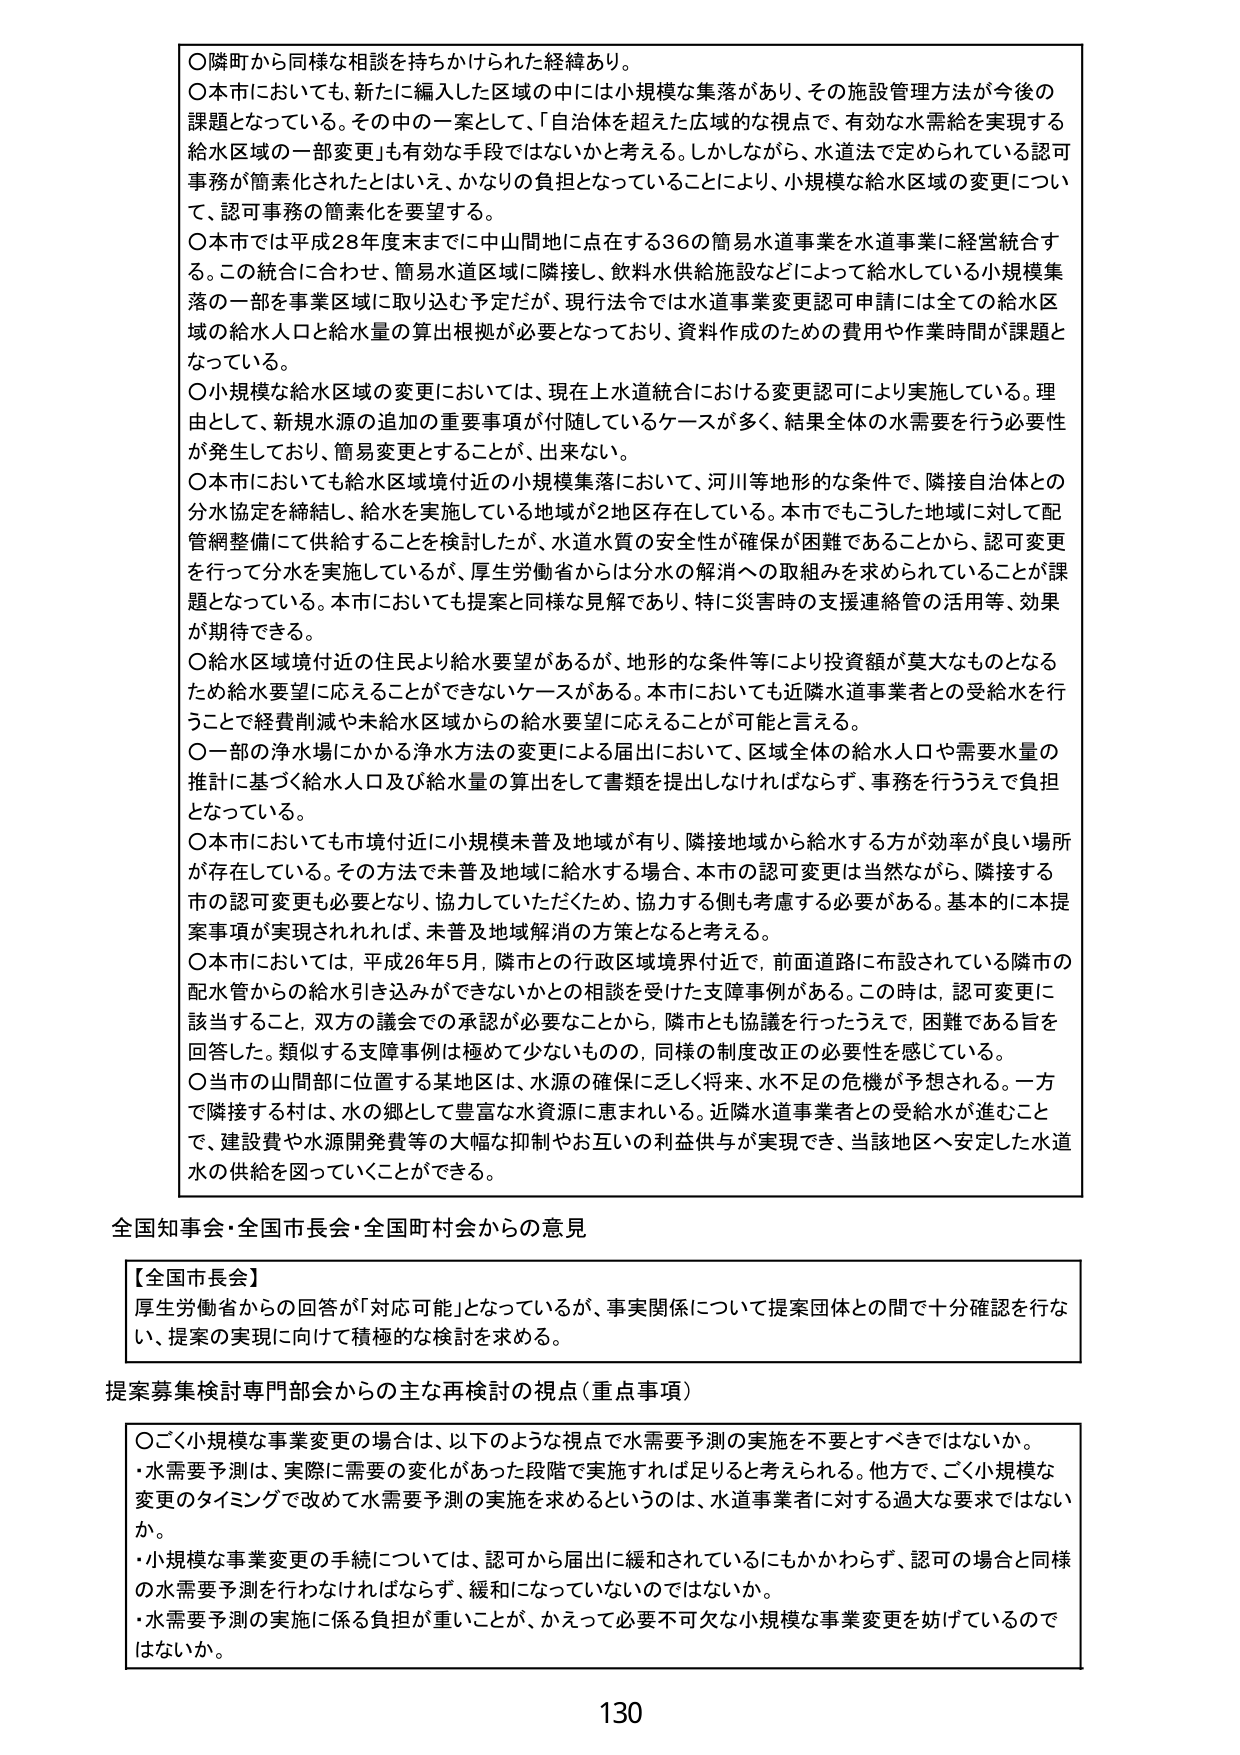
○隣町から同様な相談を持ちかけられた経緯あり。
○本市においても、新たに編入した区域の中には小規模な集落があり、その施設管理方法が今後の課題となっている。その中の一案として、「自治体を超えた広域的な視点で、有効な水需給を実現する給水区域の一部変更」も有効な手段ではないかと考える。しかしながら、水道法で定められている認可事務が簡素化されたとはいえ、かなりの負担となっていることにより、小規模な給水区域の変更について、認可事務の簡素化を要望する。
○本市では平成28年度末までに中山間地に点在する36の簡易水道事業を水道事業に経営統合する。この統合に合わせ、簡易水道区域に隣接し、飲料水供給施設などによって給水している小規模集落の一部を事業区域に取り込む予定だが、現行法令では水道事業変更認可申請には全ての給水区域の給水人口と給水量の算出根拠が必要となっており、資料作成のための費用や作業時間が課題となっている。
○小規模な給水区域の変更においては、現在上水道統合における変更認可により実施している。理由として、新規水源の追加の重要事項が付随しているケースが多く、結果全体の水需要を行う必要性が発生しており、簡易変更とすることが、出来ない。
○本市においても給水区域境付近の小規模集落において、河川等地形的な条件で、隣接自治体との分管協定を締結し、給水を実施している地域が2地区存在している。本市でもこうした地域に対して配管網整備にて供給することを検討したが、水道水質の安全性が確保が困難であることから、認可変更を行って分水を実施しているが、厚生労働省からは分水の解消への取組みを求められておりが課題となっている。本市においても提案と同様な見解であり、特に災害時の支援連絡管の活用等、効果が期待できる。
○給水区域境付近の住民より給水要望があるが、地形的な条件等により投資額が莫大なものとなるため給水要望に応えることができないケースがある。本市においても近隣水道事業者との受給水を行うことで経費削減や未給水区域からの給水要望に応えることが可能と言える。
○一部の浄水場にかかる浄水方法の変更による届出において、区域全体の給水人口や需要水量の推計に基づく給水人口及び給水量の算出をして書類を提出しなければならず、事務を行ううえで負担となっている。
○本市においても市境付近に小規模未普及地域が有り、隣接地域から給水する方が効率が良い場所が存在している。その方法で未普及地域に給水する場合、本市の認可変更は当然ながら、隣接する市の認可変更も必要となり、協力していただくため、協力する側も考慮する必要がある。基本的に本提案事項が実現されれば、未普及地域解消の方策となると考える。
○本市においては、平成26年5月、隣市との行政区域境界付近で、前面道路に布設されている隣市の配水管からの給水引き込みができないかとの相談を受けた支障事例がある。この時は、認可変更に該当すること、双方の議会での承認が必要なことから、隣市とも協議を行ったうえで、困難である旨を回答した。類似する支障事例は極めて少ないものの、同様の制度改正の必要性を感じている。
○当市の山間部に位置する某地区は、水源の確保に乏しく将来、水不足の危機が予想される。一方で隣接する村は、水の郷として豊富な水資源に恵まれている。近隣水道事業者との受給水が進むことで、建設費や水源開発費等の大幅な抑制やお互いの利益供与が実現でき、当該地区へ安定した水道水の供給を図っていくことができる。

全国知事会・全国市長会・全国町村会からの意見

【全国市長会】
厚生労働省からの回答が「対応可能」となっているが、事実関係について提案団体との間で十分確認を行ない、提案の実現に向けて積極的な検討を求める。

提案募集検討専門部会からの主な再検討の視点（重点事項）

○ごく小規模な事業変更の場合は、以下のような視点で水需要予測の実施を不要とすべきではないか。
・水需要予測は、実際に需要の変化があった段階で実施すれば足りると考えられる。他方で、ごく小規模な変更のタイミングで改めて水需要予測の実施を求めるというのは、水道事業者に対する過大な要求ではないか。
・小規模な事業変更の手続については、認可から届出に緩和されているにもかかわらず、認可の場合と同様の水需要予測を行わなければならないず、緩和になっていないのではないか。
・水需要予測の実施に係る負担が重いことが、かえって必要不可欠な小規模な事業変更を妨げているのではないか。

130